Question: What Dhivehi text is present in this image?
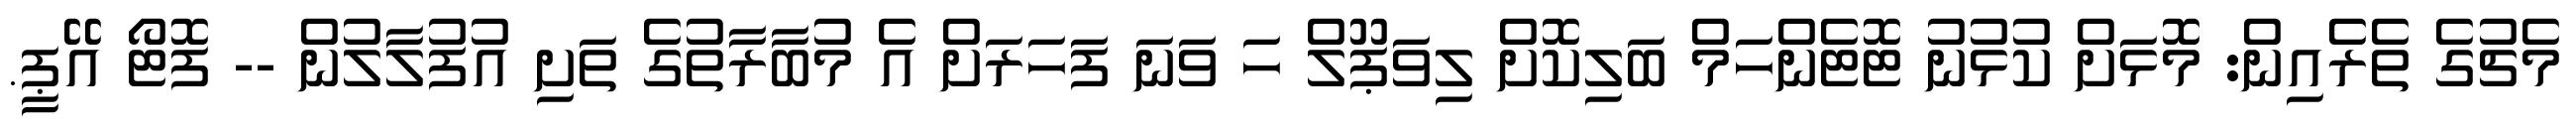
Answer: މެޗުގެ ތެރެއިން: މޮޅަށް ކުޅުނު ޓޮޓެންހަމް ބަލިކޮށް ލިވަޕޫލް ހަ ވަނަ ފަހަރަށް އެ މުބާރާތުގެ ތަށި އުފުލާލުން -- ފޮޓޯ އޭޕީ.